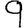
Digit: 9